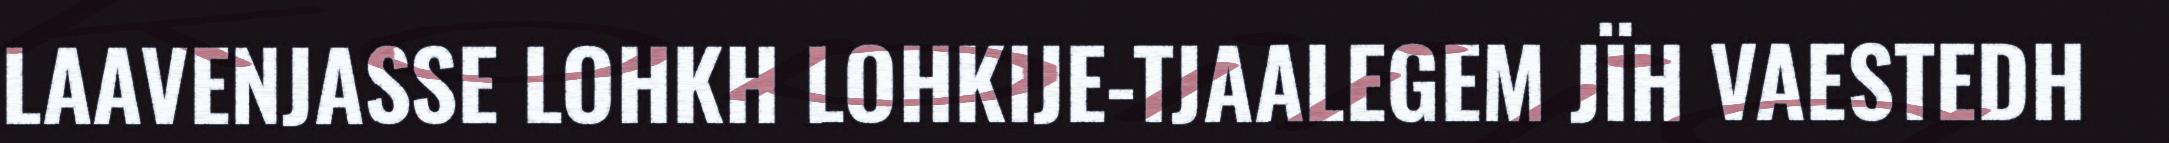
LAAVENJASSE LOHKH LOHKIJE-TJAALEGEM JÏH VAESTEDH